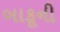
બાકૂની